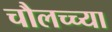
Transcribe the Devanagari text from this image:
चौलच्च्या